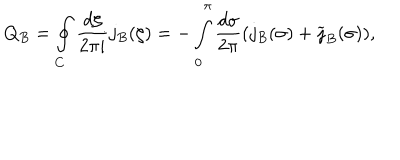
Q _ { B } = \oint _ { C } \frac { d \zeta } { 2 \pi i } j _ { B } ( \zeta ) = - \int _ { 0 } ^ { \pi } \frac { d \sigma } { 2 \pi } ( j _ { B } ( \sigma ) + \widetilde { \jmath } _ { B } ( \sigma ) ) ,